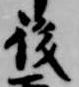
後